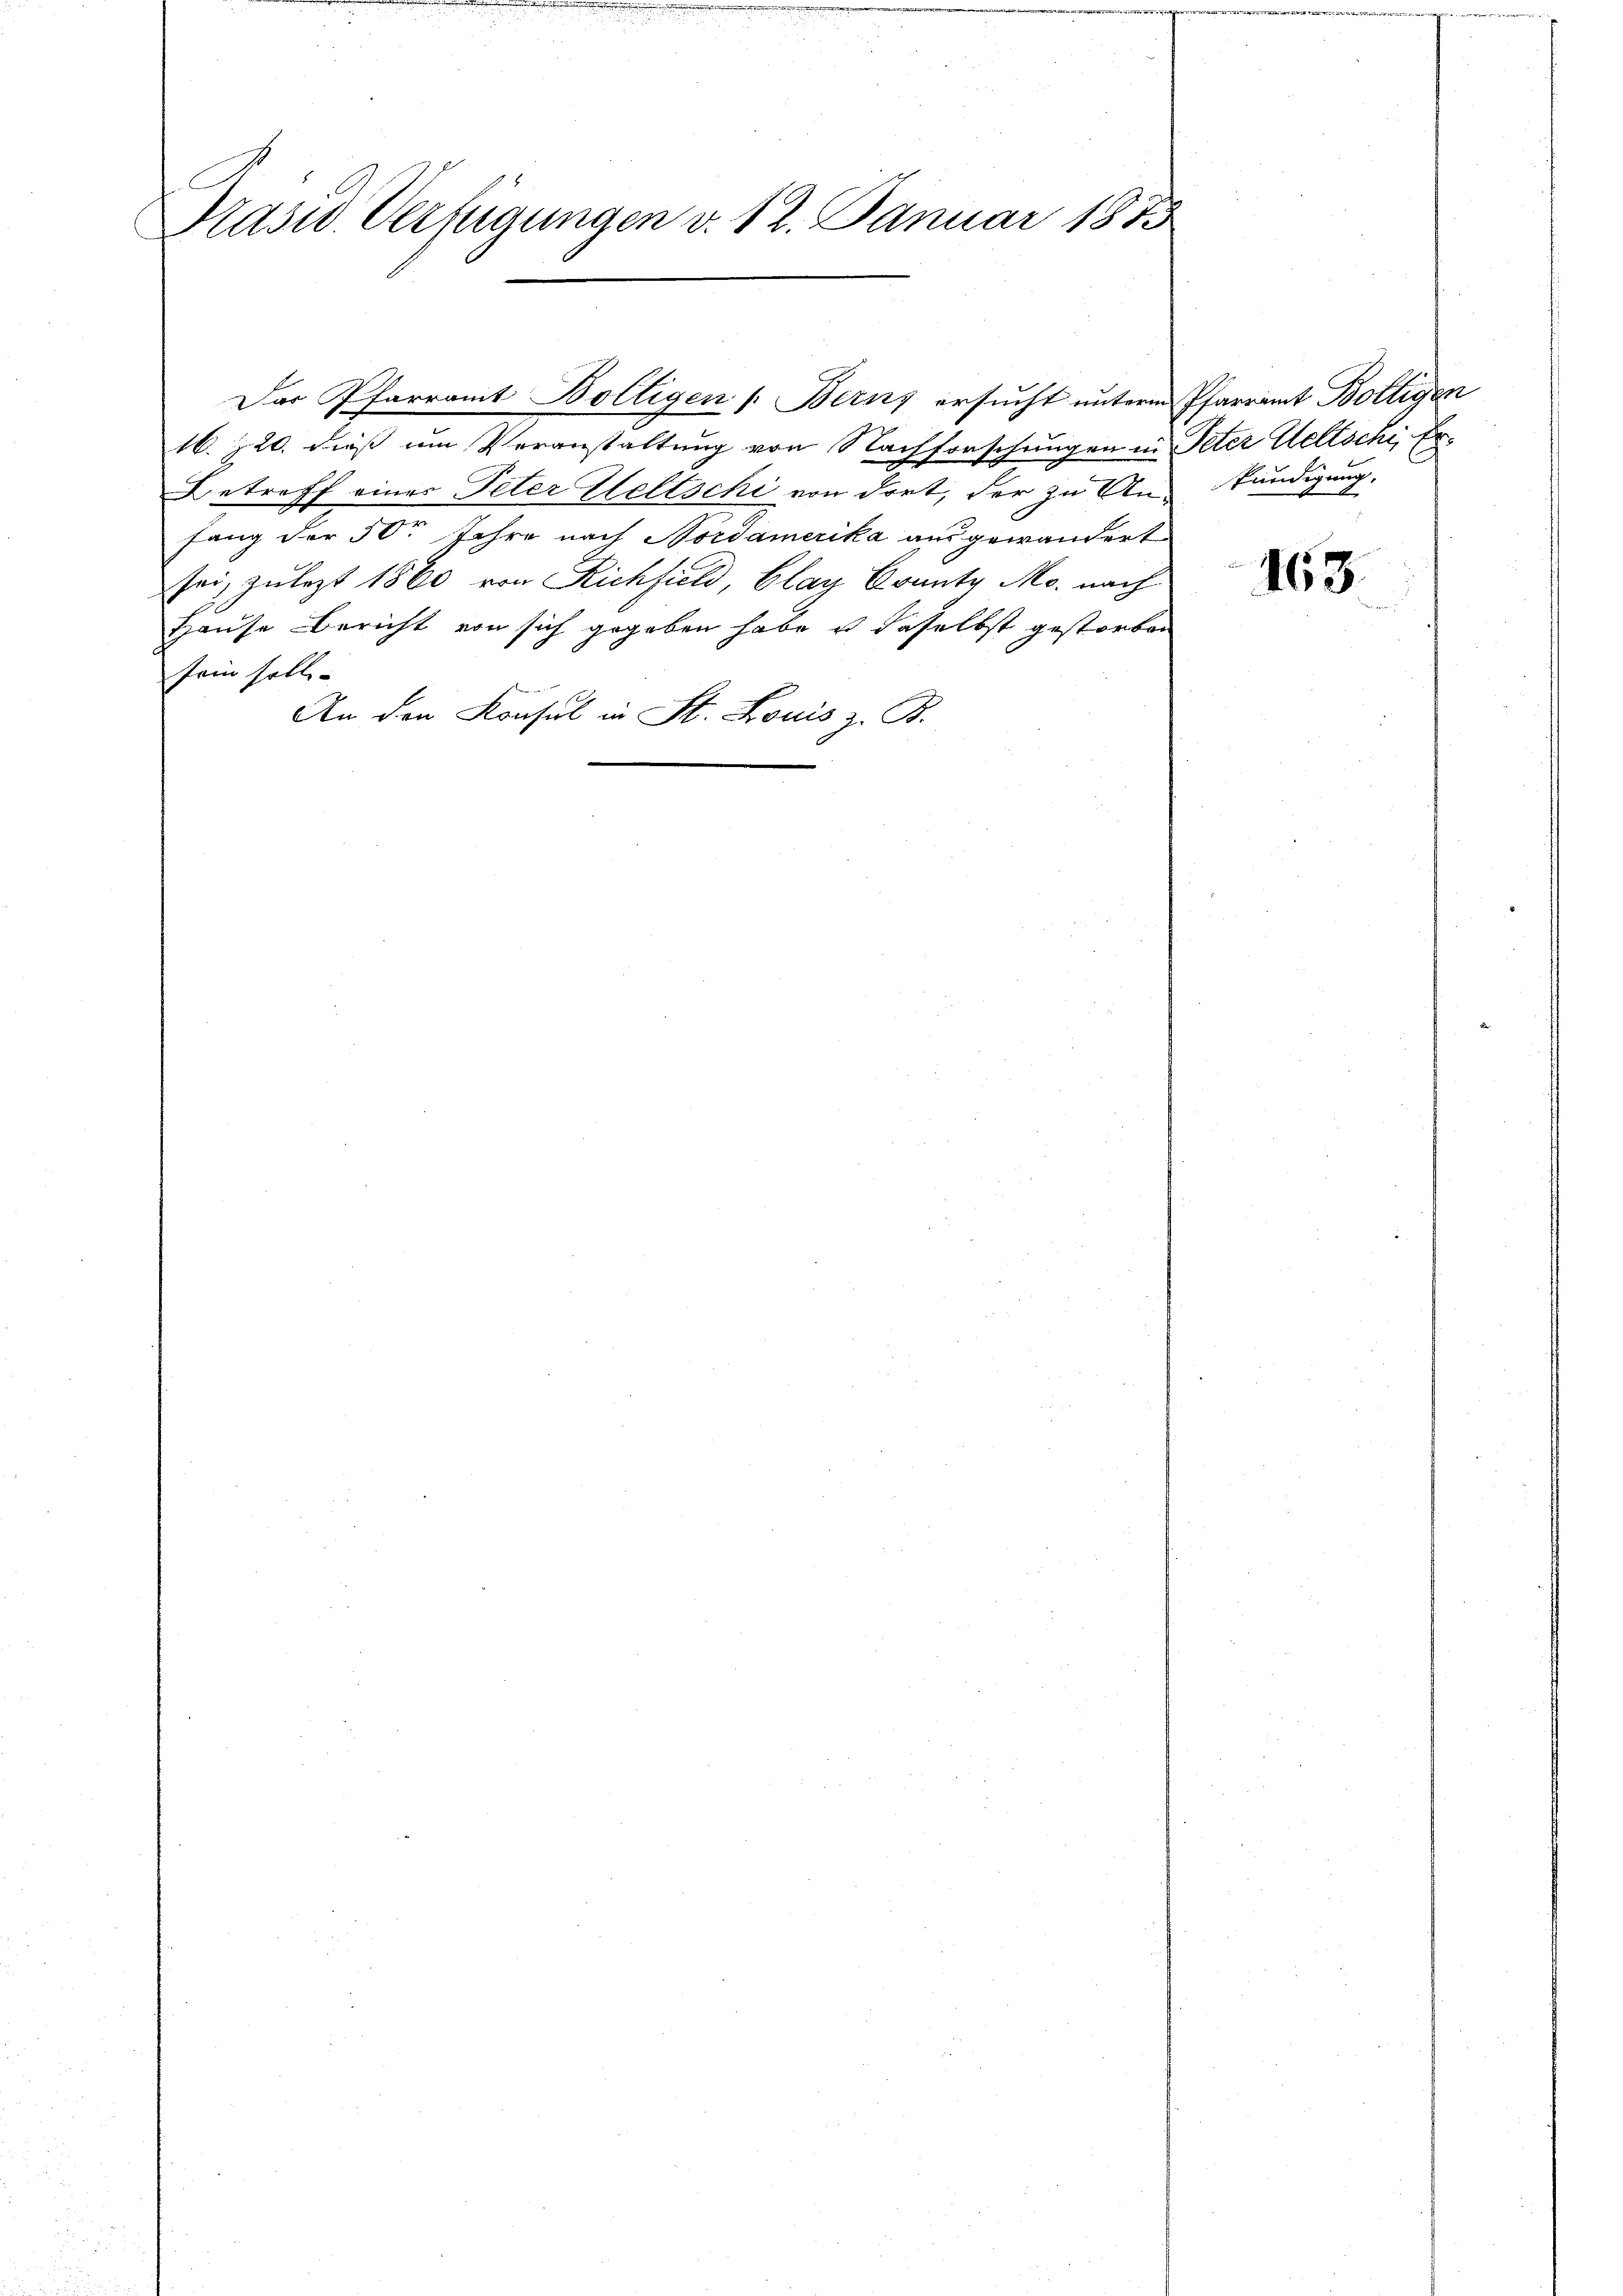
Präsid. Verfügungen v. 12. Januar 1873

1. Z. 20. dieß um Veranstaltung von Nachforschungen in Peter Weltschi, Er¬
Betreff einer Peter Weltschi von dort, der zu Ankundigung,
fang der 50 Jahre nach Nordamerika ausgewandert
sei, zulezt 1860 von Richfield, Glay Crantz Mo. nach
Hause Bericht von sich gegeben habe u daselbst gestorben
sein solle.
An den Konsul in St. Louis z. B.

Das Pfarramt Bölligen /: Berns ersucht unterm Pfarramt Boltigen

163.